NAE_ERA_R-2362_Emakeele_Selts, lk 5
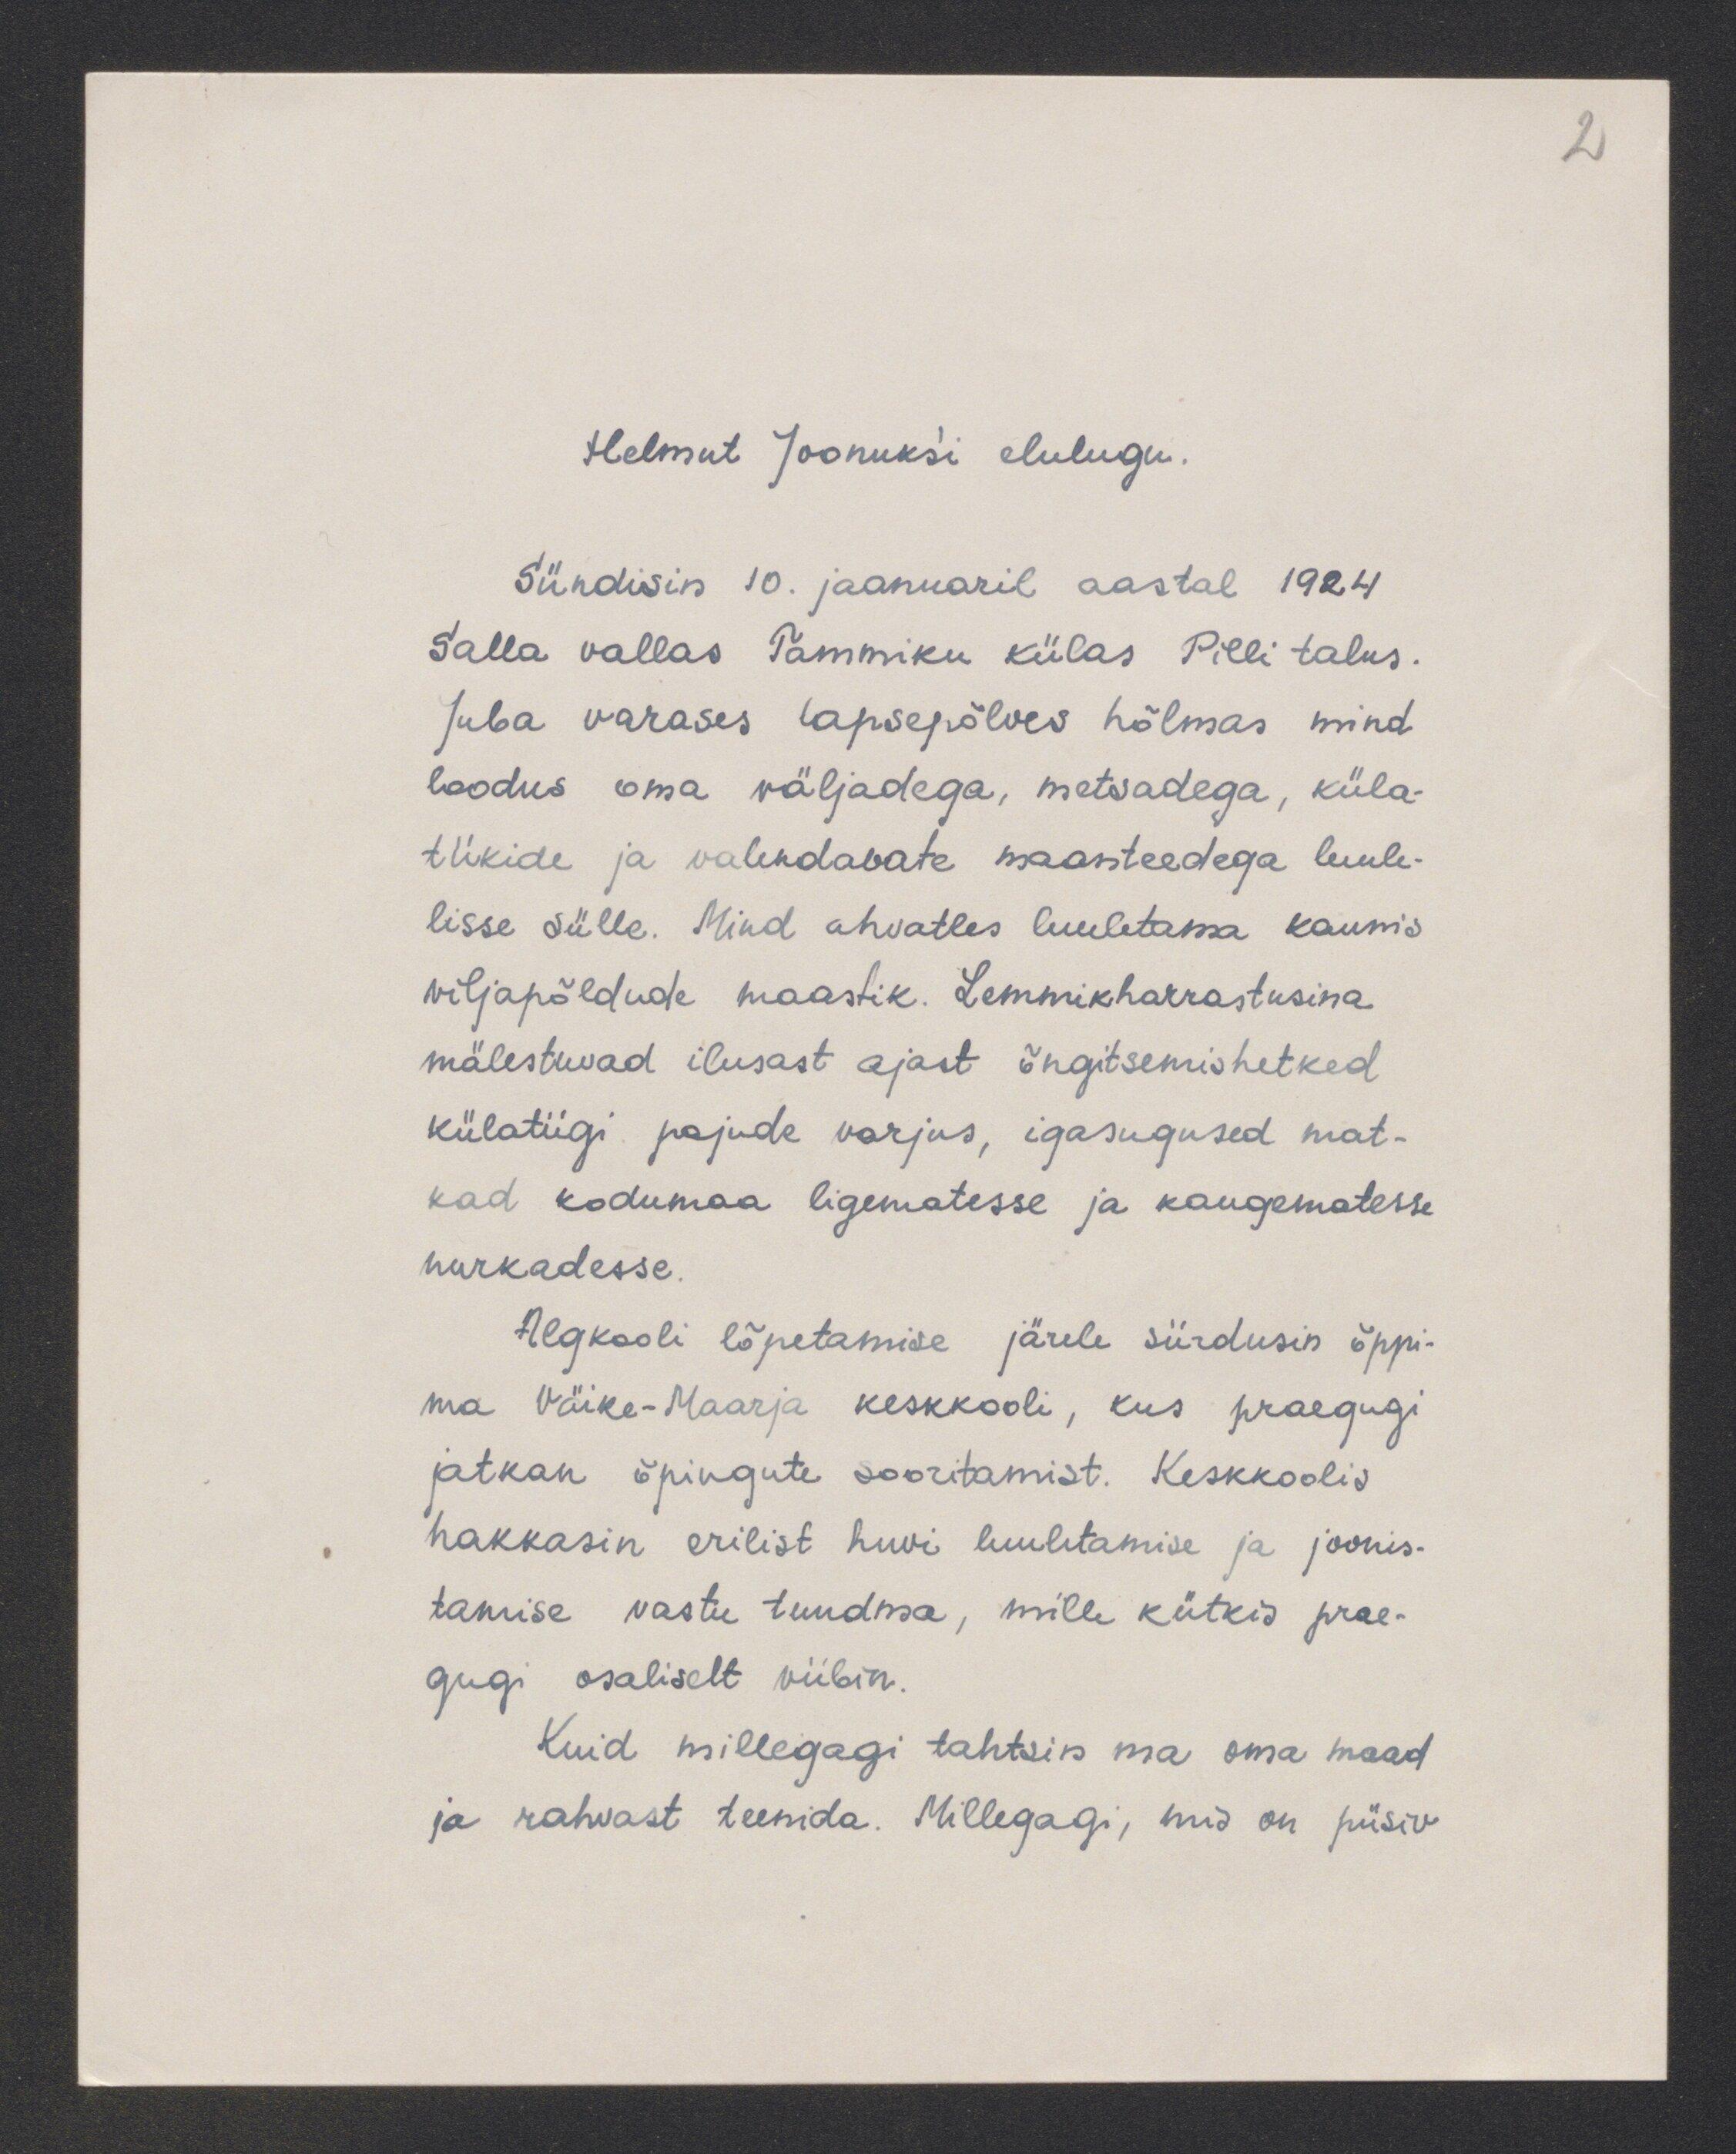
2

Helmut Joonuks`i elulugu.
Sündisin 10. jaanuaril aastal 1924
Salla vallas Tammiku külas Pilli talus.
Juba varases lapsepõlves hõlmas mind
loodus oma väljadega, metsadega küla-
tiikide ja valendavate maanteedega luule-
lisse sülle. Mind ahvatles luuletama kaunis
viljapõldude maastik. Lemmikharrastusina
mälestuvad ilusast ajast õngitsemishetked
külatiigi pajude varjus, igasugused mat-
kad kodumaa ligematesse ja kaugematesse.
nurkadesse.
Algkooli lõpetamise järele siirdusin õppi-
ma Väike-Maarja keskkooli, kus praegugi
jatkan õpingute sooritamist. Keskkoolis
hakkasin erilist huvi luuletamise ja joonis-
tamise vastu tundma, mille kütkis prae-
gugi osaliselt viibin.
Kuid millegagi tahtsin ma oma maad
ja rahvast teenida. Millegagi, mis on püsiv